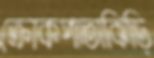
ক্রোকপাতাঝিড়ি